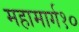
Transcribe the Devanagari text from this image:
महामार्ग१०